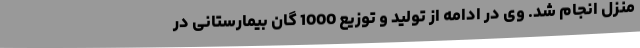
منزل انجام شد. وی در ادامه از تولید و توزیع 1000 گان بیمارستانی در